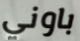
باوني